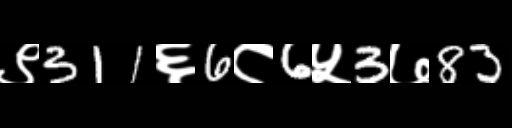
Text: ९311६6८6५3७83